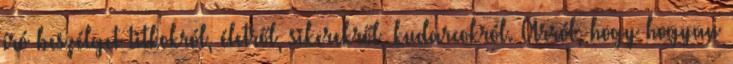
író beszélget titkokról, életről, sikerekről, kudarcokról. Arról, hogy hogyan